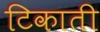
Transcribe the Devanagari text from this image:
टिकाती